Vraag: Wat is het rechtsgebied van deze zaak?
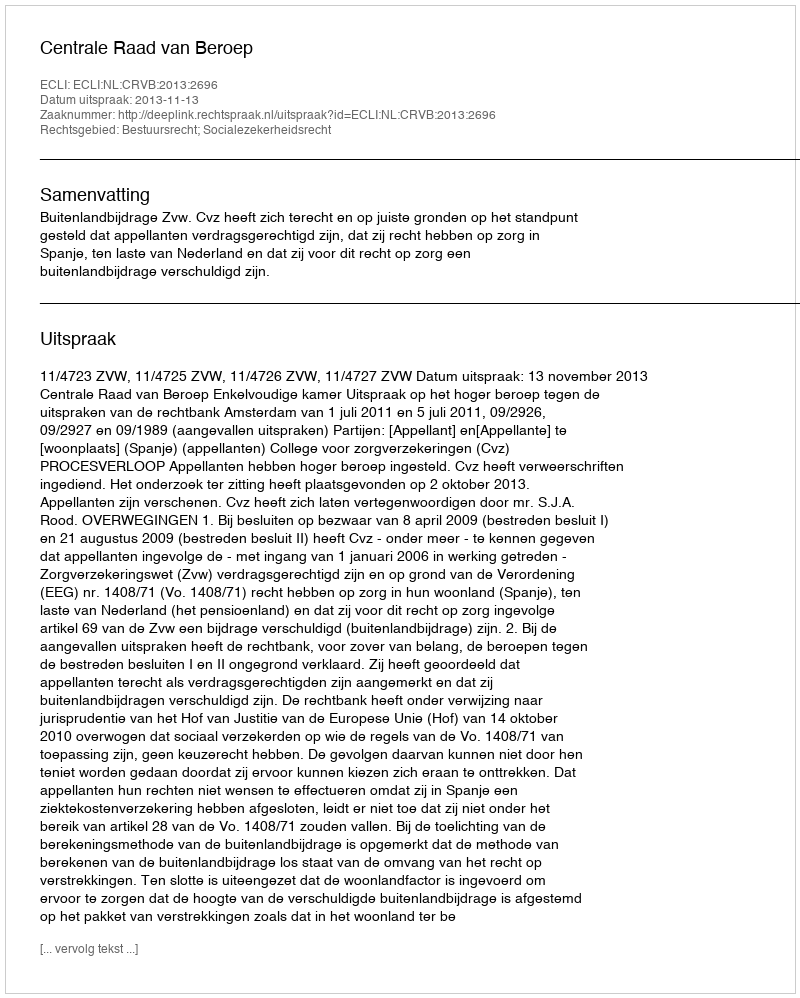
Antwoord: Bestuursrecht; Socialezekerheidsrecht